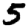
Digit: 5